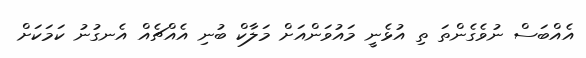
އެއްބަސް ނުވެގެންތަ ތި އުޅެނީ މައުވަންއަށް މަލާކް ބުނި އެއްޗެއް އެނގުނު ކަމަކަށް